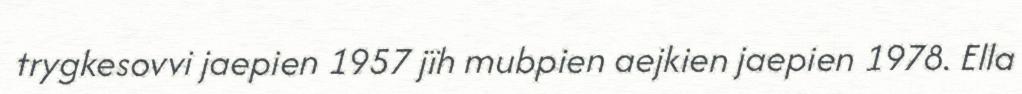
trygkesovvi jaepien 1957 jïh mubpien aejkien jaepien 1978. Ella